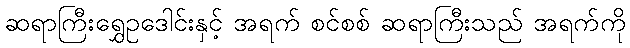
ဆရာကြီးရွှေဥဒေါင်းနှင့် အရက် စင်စစ် ဆရာကြီးသည် အရက်ကို